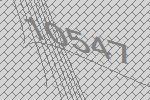
10547